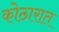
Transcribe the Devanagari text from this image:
कोठारात